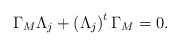
\begin{align*}\Gamma _{M}\Lambda _{j}+\left( \Lambda _{j}\right) ^{t}\Gamma _{M}=0.\end{align*}